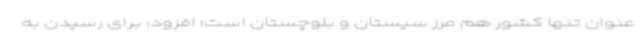
عنوان تنها کشور هم مرز سیستان و بلوچستان است؛ افزود: برای رسیدن به